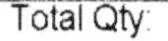
TOTAL QTY: